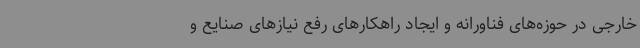
خارجی در حوزه‌های فناورانه و ایجاد راهکارهای رفع نیازهای صنایع و